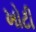
ખોટી